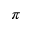
\pi